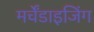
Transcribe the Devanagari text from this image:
मर्चेंडाइजिंग